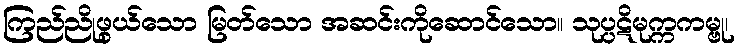
ကြည်ညိုဖွယ်သော မြတ်သော အဆင်းကိုဆောင်သော။ သုပ္ပဋိမုက္ကကမ္ဗု၊